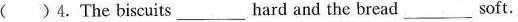
( )4.The biscuits ___ hard and the bread ___ soft.